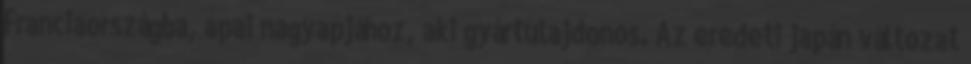
Franciaországba, apai nagyapjához, aki gyártulajdonos. Az eredeti japán változat